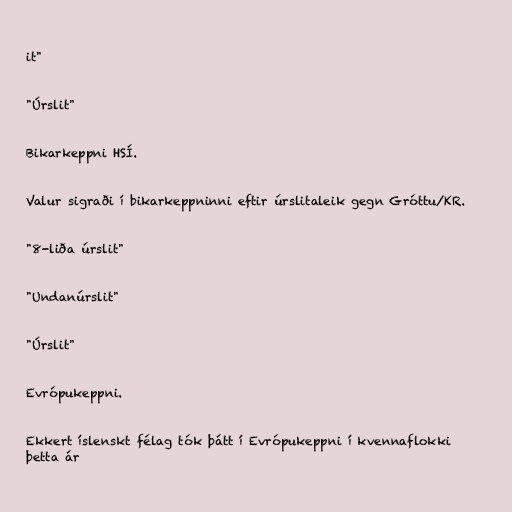
it"

"Úrslit"

Bikarkeppni HSÍ.

Valur sigraði í bikarkeppninni eftir úrslitaleik gegn Gróttu/KR.

"8-liða úrslit"

"Undanúrslit"

"Úrslit"

Evrópukeppni.

Ekkert íslenskt félag tók þátt í Evrópukeppni í kvennaflokki
þetta ár